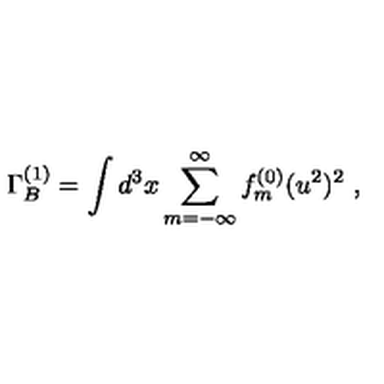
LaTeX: \Gamma _ { B } ^ { ( 1 ) } = \int d ^ { 3 } x \sum _ { m = - \infty } ^ { \infty } f _ { m } ^ { ( 0 ) } ( u ^ { 2 } ) ^ { 2 } \ ,